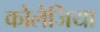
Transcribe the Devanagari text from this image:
कोलेजिया